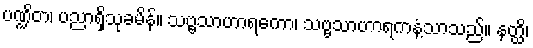
ပဏ္ဍိတ၊ ပညာရှိသုခမိန်။ သဗ္ဗသာဟာရကော၊ သဗ္ဗသာဟာရကနံ့သာသည်။ နတ္ထိ၊